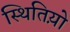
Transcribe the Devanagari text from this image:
स्थितिय़ो